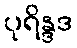
ပုရိန္ဒဒ